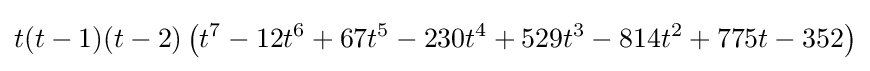
t(t-1)(t-2)\left(t^{7}-12t^{6}+67t^{5}-230t^{4}+529t^{3}-814t^{2}+775t-352\right)